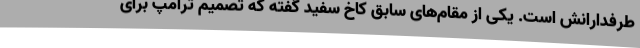
طرفدارانش است. یکی از مقام‌های سابق کاخ سفید گفته که تصمیم ترامپ برای